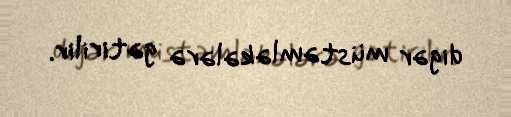
digər müstəmləkələrə gətirilir.